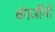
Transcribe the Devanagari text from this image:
बॅनर्जींनी